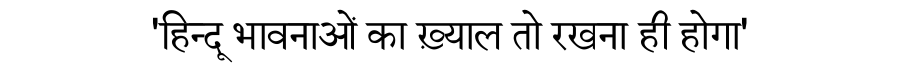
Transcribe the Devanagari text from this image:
'हिन्दू भावनाओं का ख़्याल तो रखना ही होगा'